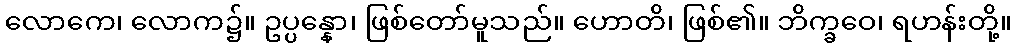
လောကေ၊ လောက၌။ ဥပ္ပန္နော၊ ဖြစ်တော်မူသည်။ ဟောတိ၊ ဖြစ်၏။ ဘိက္ခဝေ၊ ရဟန်းတို့။